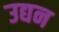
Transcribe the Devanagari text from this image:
उद्यन